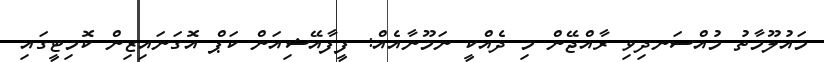
މައުލޫމާތު މުއްސަނދިވި ރާއްޖޭން މި ދެއްކީ ނަމޫނާއެއް: ފީފާއޭޝިއަން ކަޕް އޮގަނައިޒިން ކޮމިޓީގައި